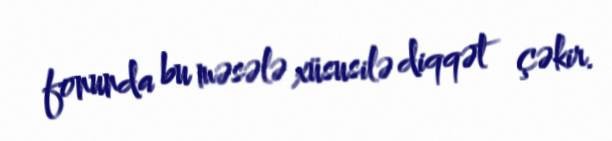
fonunda bu məsələ xüsusilə diqqət çəkir.